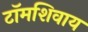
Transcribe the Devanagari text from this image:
टॉमशिवाय